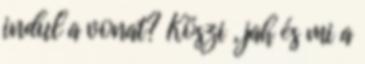
indul a vonat? Köszi , jah és mi a